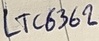
Text: LTC6362